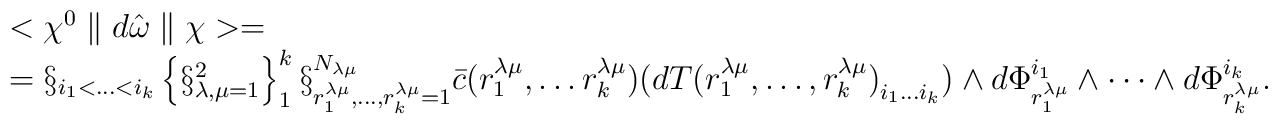
\begin{array}{l}<\chi^{0}\parallel d\hat{\omega} \parallel\chi>= \\=\S_{i_{1}<\ldots<i_{k}}\left\{\S_{\lambda,\mu=1}^{2}\right\}_{1}^{k}\S_{r_{1}^{\lambda\mu},\ldots ,r_{k}^{\lambda\mu}=1}^{N_{\lambda\mu}}\bar{c}(r_{1}^{\lambda\mu},\ldots r_{k}^{\lambda\mu}){(dT(r_{1}^{\lambda\mu},\ldots ,r_{k}^{\lambda\mu})}_{i_{1}\ldots i_{k}})\wedge d\Phi^{i_{1}}_{r_{1}^{\lambda\mu}}\wedge\cdots\wedge {d\Phi}^{i_{k}}_{r_{k}^{\lambda\mu}}.\end{array}